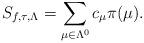
LaTeX: \begin{align*}S_{f, \tau, \Lambda}=\sum_{\mu \in \Lambda^0}c_\mu\pi(\mu).\end{align*}